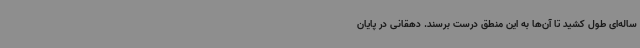
ساله‌ای طول کشید تا آن‌ها به این منطق درست برسند. دهقانی در پایان